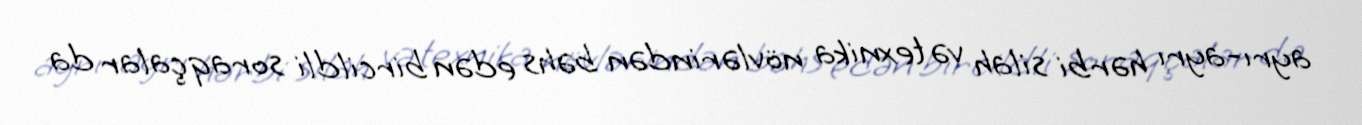
ayrı-ayrı hərbi silah və texnika növlərindən bəhs edən bircildli soraqçalar da